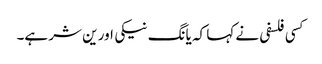
کسی فلسفی نے کہا کہ یانگ نیکی اور ین شر ہے۔